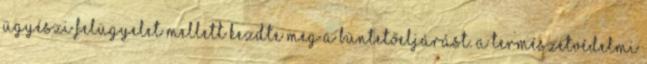
ügyészi felügyelet mellett kezdte meg a büntetőeljárást. A Természetvédelmi